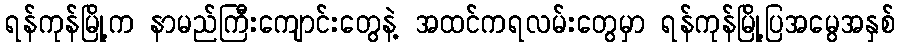
ရန်ကုန်မြို့က နာမည်ကြီးကျောင်းတွေနဲ့ အထင်ကရလမ်းတွေမှာ ရန်ကုန်မြို့ပြအမွေအနှစ်